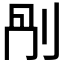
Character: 𠛰